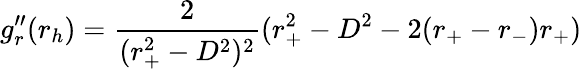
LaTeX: g_{r}^{\prime\prime}(r_{h})={\frac{2}{(r_{+}^{2}-D^{2})^{2}}}(r_{+}^{2}-D^{2}-2(r_{+}-r_{-})r_{+})